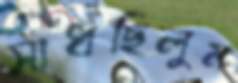
সাধছিলুম